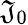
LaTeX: \mathfrak{J}_{0}